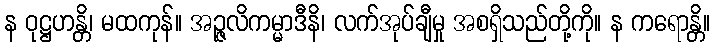
န ဝုဋ္ဌဟန္တိ၊ မထကုန်။ အဉ္ဇလိကမ္မာဒီနိ၊ လက်အုပ်ချီမှု အစရှိသည်တို့ကို။ န ကရောန္တိ။